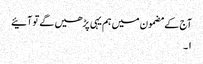
آج کے مضمون میں ہم یہی پڑھیں گے تو آئیے
۱۔